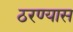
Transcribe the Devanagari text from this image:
ठरण्यास